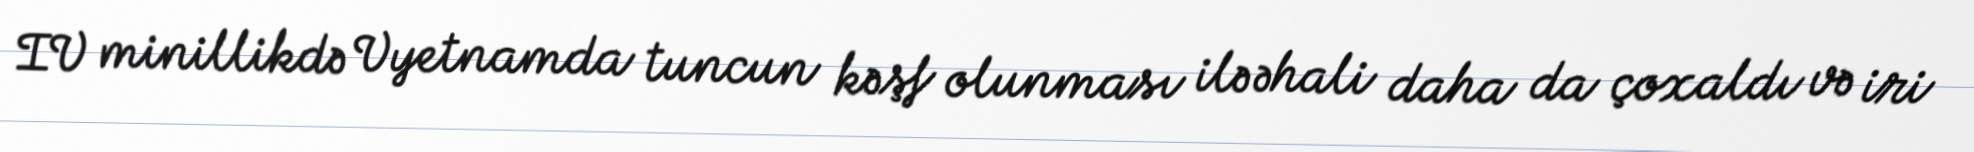
IV minillikdə Vyetnamda tuncun kəşf olunması ilə əhali daha da çoxaldı və iri